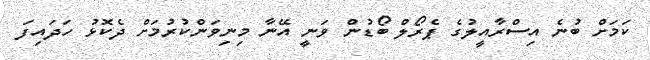
ކަމަށް ބުނެ އިސްރާއީލުގެ ޕެރޯލް ބޯޑުން ވަނީ އޭނާ މިނިވަންކުރުމަށް ދެކޮޅު ހަދައިފަ